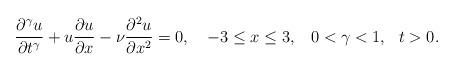
LaTeX: \begin{align*} \frac{\partial^ \gamma u}{\partial t^\gamma}+ u \frac{\partial u}{\partial x}-\nu \frac{\partial^2 u}{\partial x^2}=0,\,\,\,\,\,\,-3\leq x \leq 3,\,\,\,\,\,0 < \gamma < 1,\,\,\,\,t>0.\end{align*}